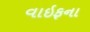
વાઇફના